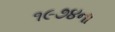
૧૯૭૪ના